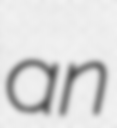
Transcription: an